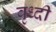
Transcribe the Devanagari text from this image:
वृध्दी